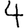
Digit: 4